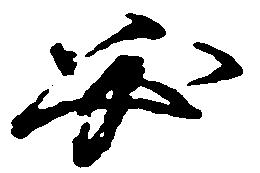
必